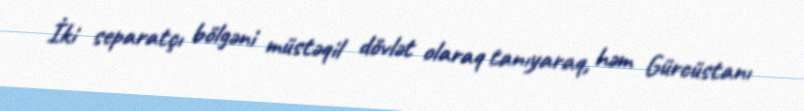
İki separatçı bölgəni müstəqil dövlət olaraq tanıyaraq, həm Gürcüstanı